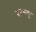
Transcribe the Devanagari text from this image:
तमबाकू